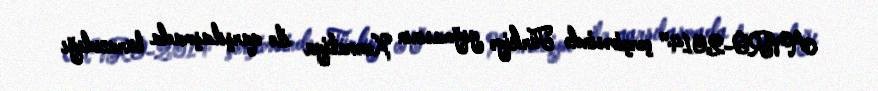
AVRO-2014" çərçivəsində Türkiyə yığmasının Xorvatiya ilə qarşılaşmada buraxdığı